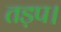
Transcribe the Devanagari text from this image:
तड़प।